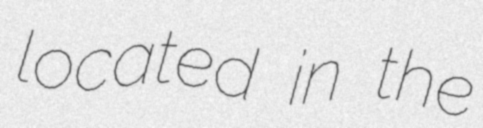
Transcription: located in the